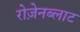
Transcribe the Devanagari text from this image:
रोज़ेनब्लाट